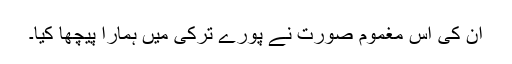
ان کی اس مغموم صورت نے پورے ترکی میں ہمارا پیچھا کیا۔